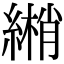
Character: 𦄏